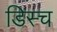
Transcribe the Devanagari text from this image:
डिस्च